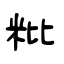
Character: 粃